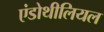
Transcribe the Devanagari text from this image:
एंडोथीलियल